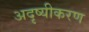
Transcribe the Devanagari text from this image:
अदृष्यीकरण